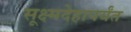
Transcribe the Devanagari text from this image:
सूक्ष्मदेहापर्यंत